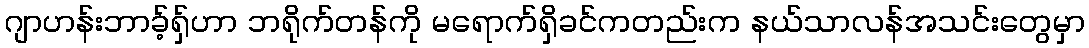
ဂျာဟန်းဘာခ့်ရှ်ဟာ ဘရိုက်တန်ကို မရောက်ရှိခင်ကတည်းက နယ်သာလန်အသင်းတွေမှာ